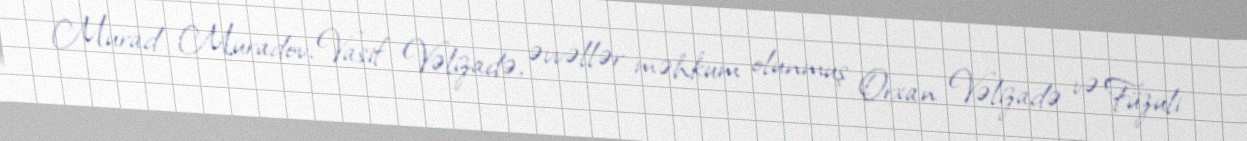
Murad Muradov, Vasif Vəlizadə, əvvəllər məhkum olunmuş Orxan Vəlizadə və Füzuli